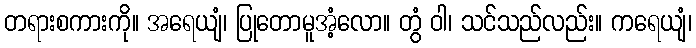
တရားစကားကို။ အရေယျံ၊ ပြုတောမူအံ့လော။ တွံ ဝါ၊ သင်သည်လည်း။ ကရေယျံ၊